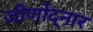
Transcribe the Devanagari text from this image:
जीर्णोद्नार